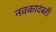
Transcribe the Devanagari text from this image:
नवकादंबरी